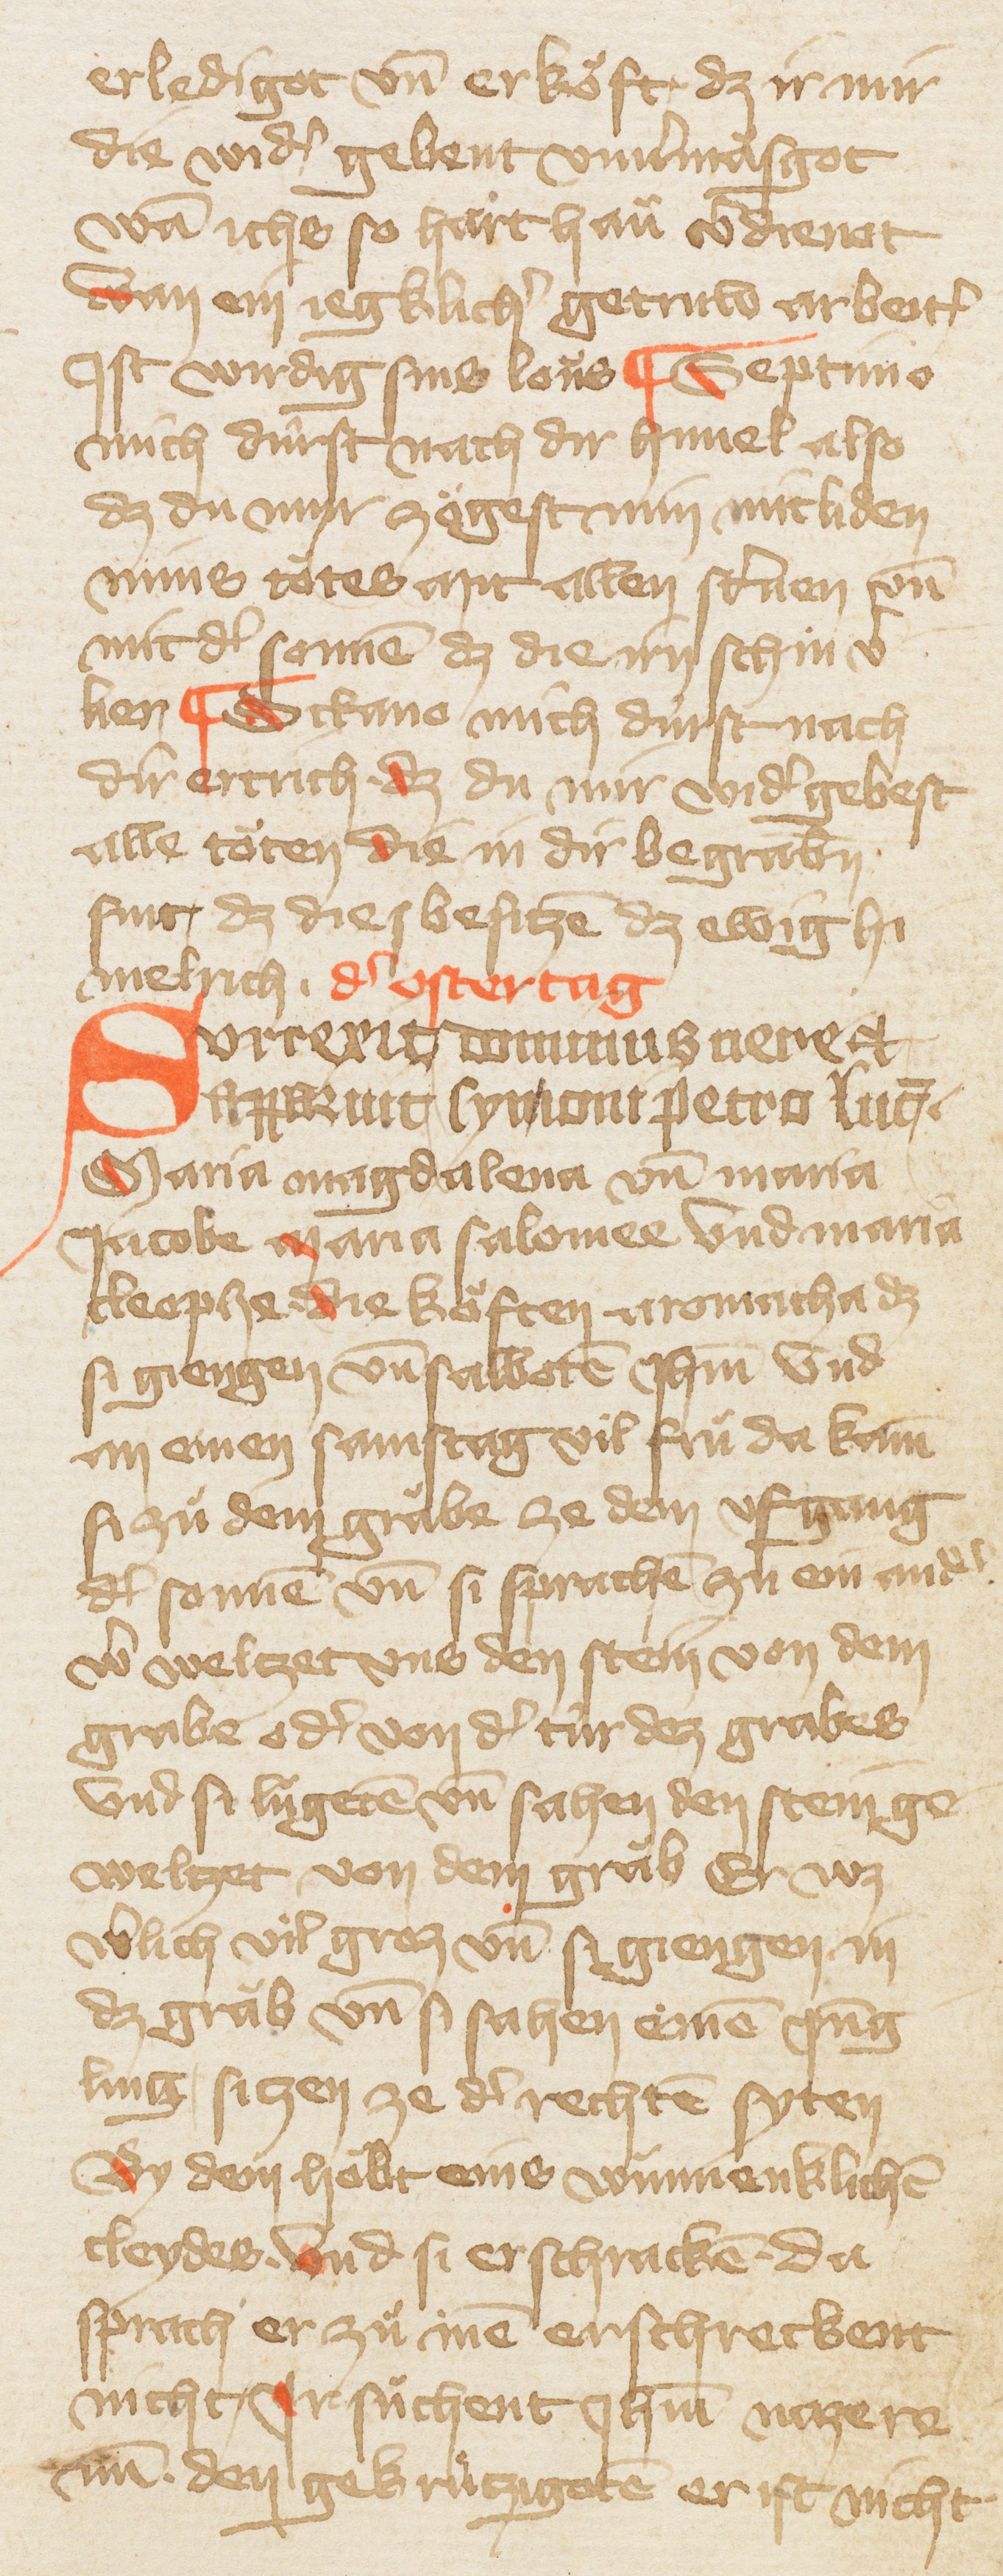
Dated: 1385–1415